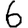
Digit: 6